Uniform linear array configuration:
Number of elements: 48
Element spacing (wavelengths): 0.5
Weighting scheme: cosine
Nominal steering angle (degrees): -45
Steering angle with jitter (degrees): -45.481
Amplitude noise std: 0.05
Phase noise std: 0.05

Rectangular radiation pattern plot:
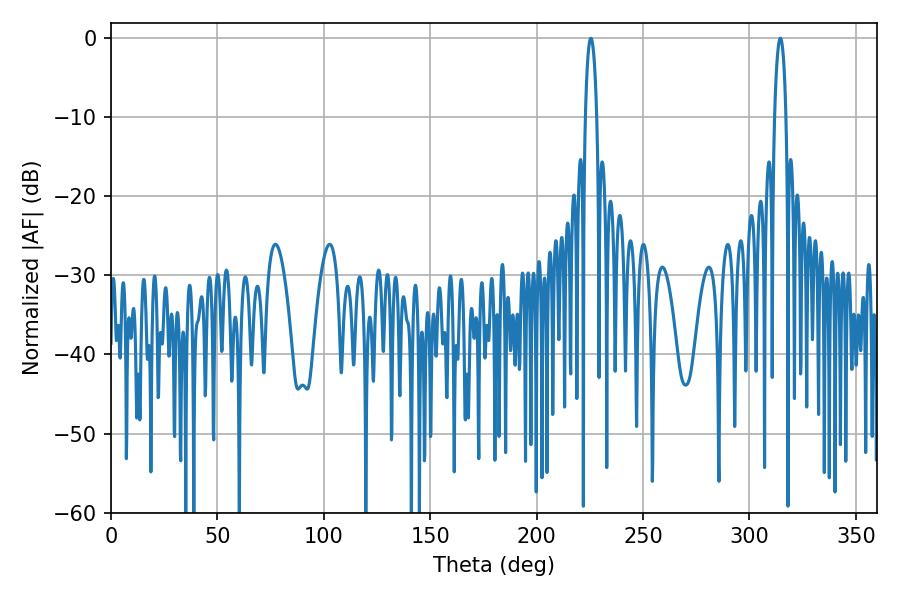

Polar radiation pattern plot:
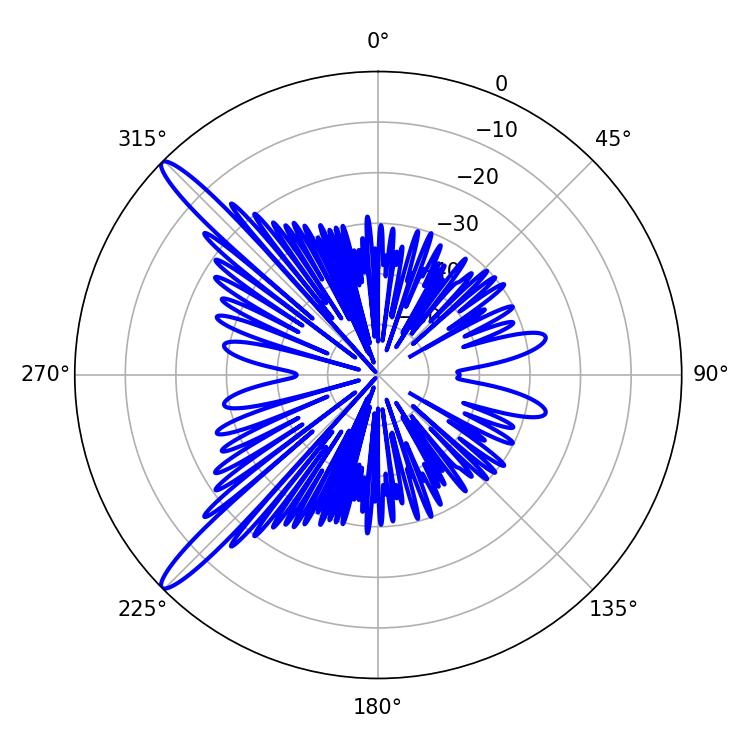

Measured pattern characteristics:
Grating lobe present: FALSE
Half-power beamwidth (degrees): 3.06
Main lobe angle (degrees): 314.46